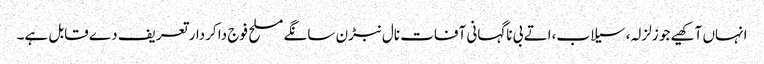
انہاں آکھیے جو زلزلہ، سیلاب،اتے بی ناگہانی آفات نال نبڑن سانگے مسلح فوج دا کردار تعریف دے قابل ہے۔